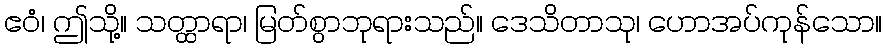
ဧဝံ၊ ဤသို့။ သတ္ထာရာ၊ မြတ်စွာဘုရားသည်။ ဒေသိတာသု၊ ဟောအပ်ကုန်သော။